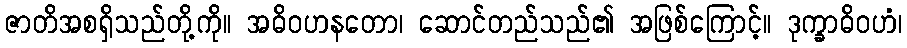
ဇာတိအစရှိသည်တို့ကို။ အဓိဝဟနတော၊ ဆောင်တည်သည်၏ အဖြစ်ကြောင့်။ ဒုက္ခာဓိဝဟံ၊